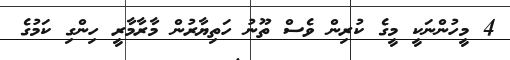
4 މީހުންނަކީ މީގެ ކުރިން ވެސް ތޫނު ހަތިޔާރުން މާރާމާރީ ހިންގި ކަމުގެ